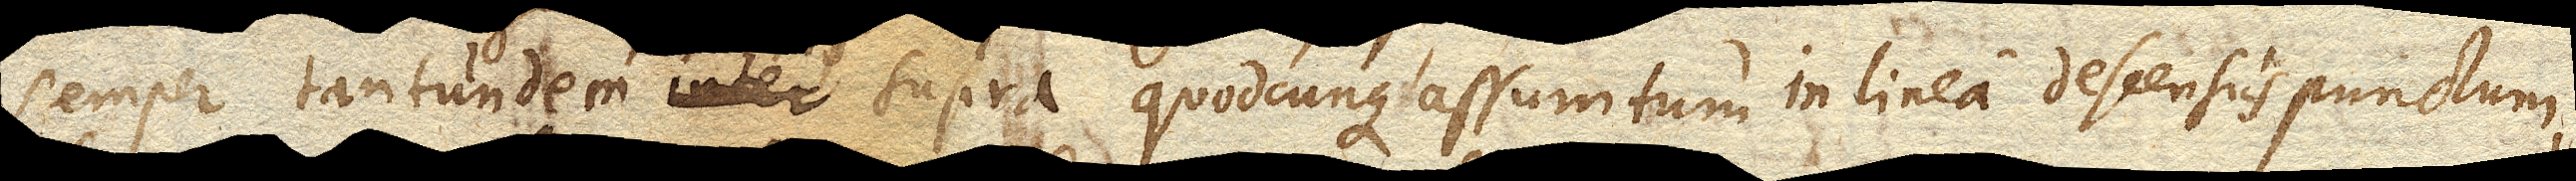
semper tantundem inter supra quodcunque assumtum in linea descensus punctum,